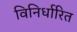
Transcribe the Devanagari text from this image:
विनिर्धारित